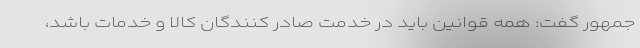
جمهور گفت: همه قوانین باید در خدمت صادر کنندگان کالا و خدمات باشد،